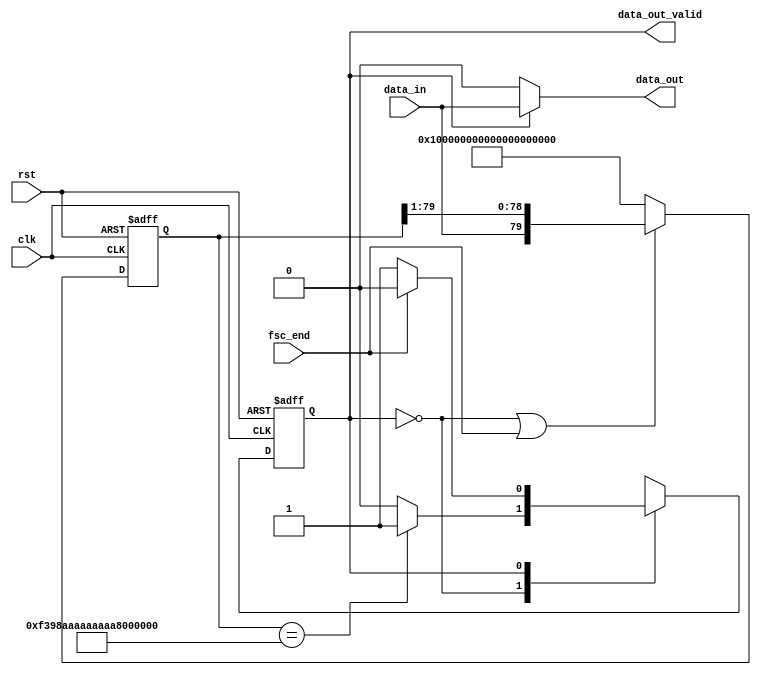
module DEMODULATION(
  input      wire      clk,
  input      wire      rst,
  input      wire      data_in,
  input      wire      fsc_end,
  output     reg       data_out,
  output     reg       data_out_valid
  );

    reg            state, state_nxt;
    reg [79:0]     buffer, buffer_nxt;
    wire           match;
  
    parameter SHR = 80'hF3_98_AA_AA_AA_AA_AA_AA_AA_AA;
    assign match = (buffer == SHR);

    // buffer
    always @(posedge clk or negedge rst) begin
        if (~rst) begin
            buffer  <= {80{1'b1}};
        end else begin
            buffer  <= buffer_nxt;
        end
    end
 
    // state
    always @(negedge clk or negedge rst) begin
        if (~rst) begin
            state  <= 0;
        end else begin
            state  <= state_nxt;
        end
    end
  
    // buffer_nxt
    always @(*) begin : proc_buffer_control
        if (state == 2'b 00 || fsc_end) begin
            buffer_nxt <= {data_in, buffer[79 : 1]};
        end else begin
            buffer_nxt <= {80{1'b1}};
        end
    end
  
    // state_nxt
    always @(*) begin : proc_state_control
        case (state)
            0 : state_nxt <= (match)? 1'b 1 : state;
            1 : state_nxt <= (fsc_end)? 1'b 0 : state;
        endcase
    end

    // data_out_valid, data_out
    always @(*) begin : proc_out_control
        data_out <= (state)? data_in : 1'b 0;
        data_out_valid <= state;
    end

endmodule